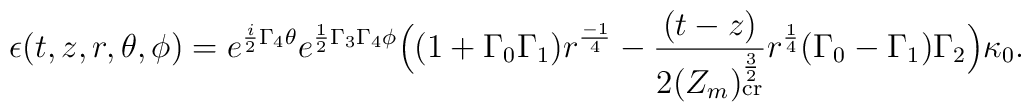
\epsilon(t,z,r,\theta, \phi)= e^{{\frac{i}{2}}\Gamma_4\theta} e^{{\frac{1}{2}}\Gamma_3\Gamma_4\phi}\Big((1+\Gamma_0\Gamma_1)r^{\frac{-1}{4}}-{\frac{(t-z)}{2(Z_m ) _{{\rm cr}}^{\frac{3}{2}}}}r^{\frac{1}{4}}(\Gamma_0-\Gamma_1)\Gamma_2\Big)\kappa_0.